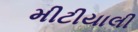
મીટીયાલી